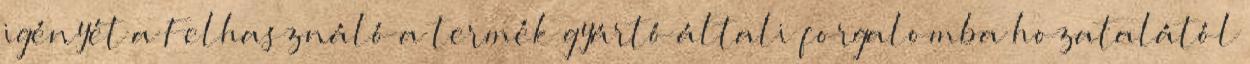
igényét a Felhasználó a termék gyártó általi forgalomba hozatalától